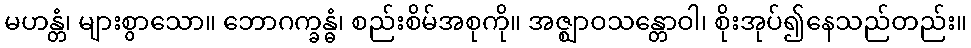
မဟန္တံ၊ များစွာသော။ ဘောဂက္ခန္ဓံ၊ စည်းစိမ်အစုကို။ အဇ္ဈာဝသန္တောဝါ၊ စိုးအုပ်၍နေသည်တည်း။